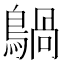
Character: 𪃀